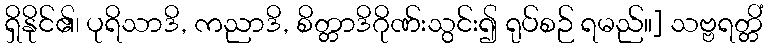
ရှိနိုင်၏၊ ပုရိသာဒိ, ကညာဒိ, စိတ္တာဒိဂိုဏ်းသွင်း၍ ရုပ်စဉ် ရမည်။] သဗ္ဗရတ္တိံ